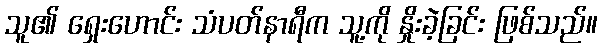
သူ၏ ရှေးဟောင်း သံပတ်နာရီက သူ့ကို နှိုးခဲ့ခြင်း ဖြစ်သည်။